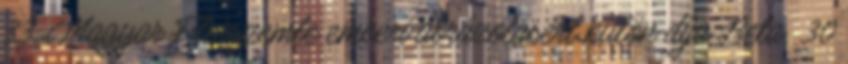
33. Magyar Filmszemle emberi ábrázolásért külön díja Beta 30